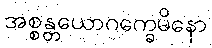
အစ္စန္တယောဂက္ခေမိနော